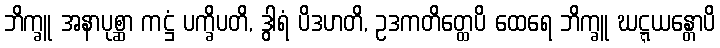
ဘိက္ခူ အနာပုစ္ဆာ ကဋ္ဌံ ပက္ခိပတိ, ဒွါရံ ပိဒဟတိ, ဥဒကတိတ္ထေပိ ထေရေ ဘိက္ခူ ဃဋ္ဋယန္တောပိ